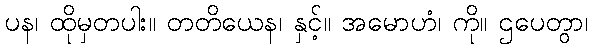
ပန၊ ထိုမှတပါး။ တတိယေန၊ နှင့်။ အမောဟံ၊ ကို။ ဌပေတွာ၊